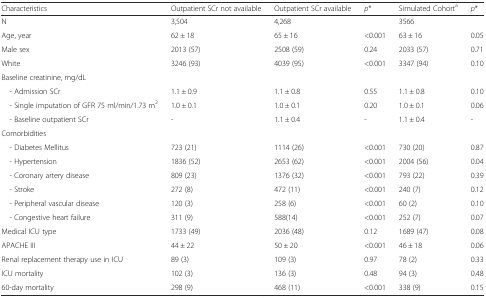
<table><thead><tr><td><b>Characteristics</b></td><td><b>Outpatient SCr not available</b></td><td><b>Outpatient SCr available</b></td><td><b><i>p</i>*</b></td><td><b>Simulated Cohort<sup>a</sup></b></td><td><b><i>p</i>*</b></td></tr></thead><tbody><tr><td>N</td><td>3,504</td><td>4,268</td><td></td><td>3566</td><td></td></tr><tr><td>Age, year</td><td>62 ± 18</td><td>65 ± 16</td><td>&lt;0.001</td><td>63 ± 16</td><td>0.05</td></tr><tr><td>Male sex</td><td>2013 (57)</td><td>2508 (59)</td><td>0.24</td><td>2033 (57)</td><td>0.71</td></tr><tr><td>White</td><td>3246 (93)</td><td>4039 (95)</td><td>&lt;0.001</td><td>3347 (94)</td><td>0.10</td></tr><tr><td>Baseline creatinine, mg/dL</td><td></td><td></td><td></td><td></td><td></td></tr><tr><td> - Admission SCr</td><td>1.1 ± 0.9</td><td>1.1 ± 0.8</td><td>0.55</td><td>1.1 ± 0.8</td><td>0.10</td></tr><tr><td> - Single imputation of GFR 75 ml/min/1.73 m<sup>2</sup></td><td>1.0 ± 0.1</td><td>1.0 ± 0.1</td><td>0.20</td><td>1.0 ± 0.1</td><td>0.06</td></tr><tr><td> - Baseline outpatient SCr</td><td>-</td><td>1.1 ± 0.4</td><td>-</td><td>1.1 ± 0.4</td><td>-</td></tr><tr><td>Comorbidities</td><td></td><td></td><td></td><td></td><td></td></tr><tr><td> - Diabetes Mellitus</td><td>723 (21)</td><td>1114 (26)</td><td>&lt;0.001</td><td>730 (20)</td><td>0.87</td></tr><tr><td> - Hypertension</td><td>1836 (52)</td><td>2653 (62)</td><td>&lt;0.001</td><td>2004 (56)</td><td>0.04</td></tr><tr><td> - Coronary artery disease</td><td>809 (23)</td><td>1376 (32)</td><td>&lt;0.001</td><td>793 (22)</td><td>0.39</td></tr><tr><td> - Stroke</td><td>272 (8)</td><td>472 (11)</td><td>&lt;0.001</td><td>240 (7)</td><td>0.12</td></tr><tr><td> - Peripheral vascular disease</td><td>120 (3)</td><td>258 (6)</td><td>&lt;0.001</td><td>60 (2)</td><td>0.10</td></tr><tr><td> - Congestive heart failure</td><td>311 (9)</td><td>588(14)</td><td>&lt;0.001</td><td>252 (7)</td><td>0.07</td></tr><tr><td>Medical ICU type</td><td>1733 (49)</td><td>2036 (48)</td><td>0.12</td><td>1689 (47)</td><td>0.08</td></tr><tr><td>APACHE III</td><td>44 ± 22</td><td>50 ± 20</td><td>&lt;0.001</td><td>46 ± 18</td><td>0.06</td></tr><tr><td>Renal replacement therapy use in ICU</td><td>89 (3)</td><td>109 (3)</td><td>0.97</td><td>78 (2)</td><td>0.33</td></tr><tr><td>ICU mortality</td><td>102 (3)</td><td>136 (3)</td><td>0.48</td><td>94 (3)</td><td>0.48</td></tr><tr><td>60-day mortality</td><td>298 (9)</td><td>468 (11)</td><td>&lt;0.001</td><td>338 (9)</td><td>0.15</td></tr></tbody></table>